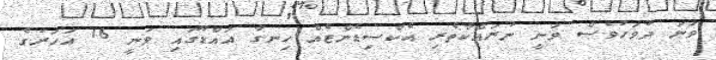
ވަނަ ދުވަހުވެސް ވަނީ ނުރައްކާތެރި އެކްސިޑެންޓެއް ހިނގާ އައްޑޫގައި ވަނީ 16 އަހަރުގެ